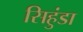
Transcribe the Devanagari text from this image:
सिहुंडा